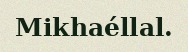
Mikhaéllal.